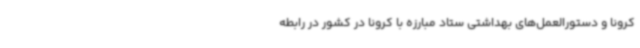
کرونا و دستورالعمل‌های بهداشتی ستاد مبارزه با کرونا در کشور در رابطه